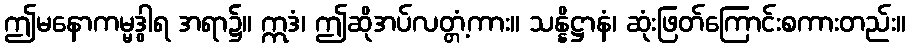
ဤမနောကမ္မဒွါရ အရာ၌။ ဣဒံ၊ ဤဆိုအပ်လတ္တံ့ကား။ သန္နိဋ္ဌာနံ၊ ဆုံးဖြတ်ကြောင်းစကားတည်း။